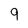
Character: 9